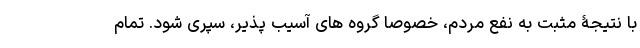
با نتیجۀ مثبت به نفع مردم، خصوصا گروه های آسیب پذیر، سپری شود. تمام